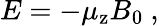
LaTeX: E=-\mu_{\mathrm{z}}B_{0}\ ,